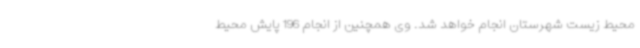
محیط زیست شهرستان انجام خواهد شد. وی همچنین از انجام 196 پایش محیط